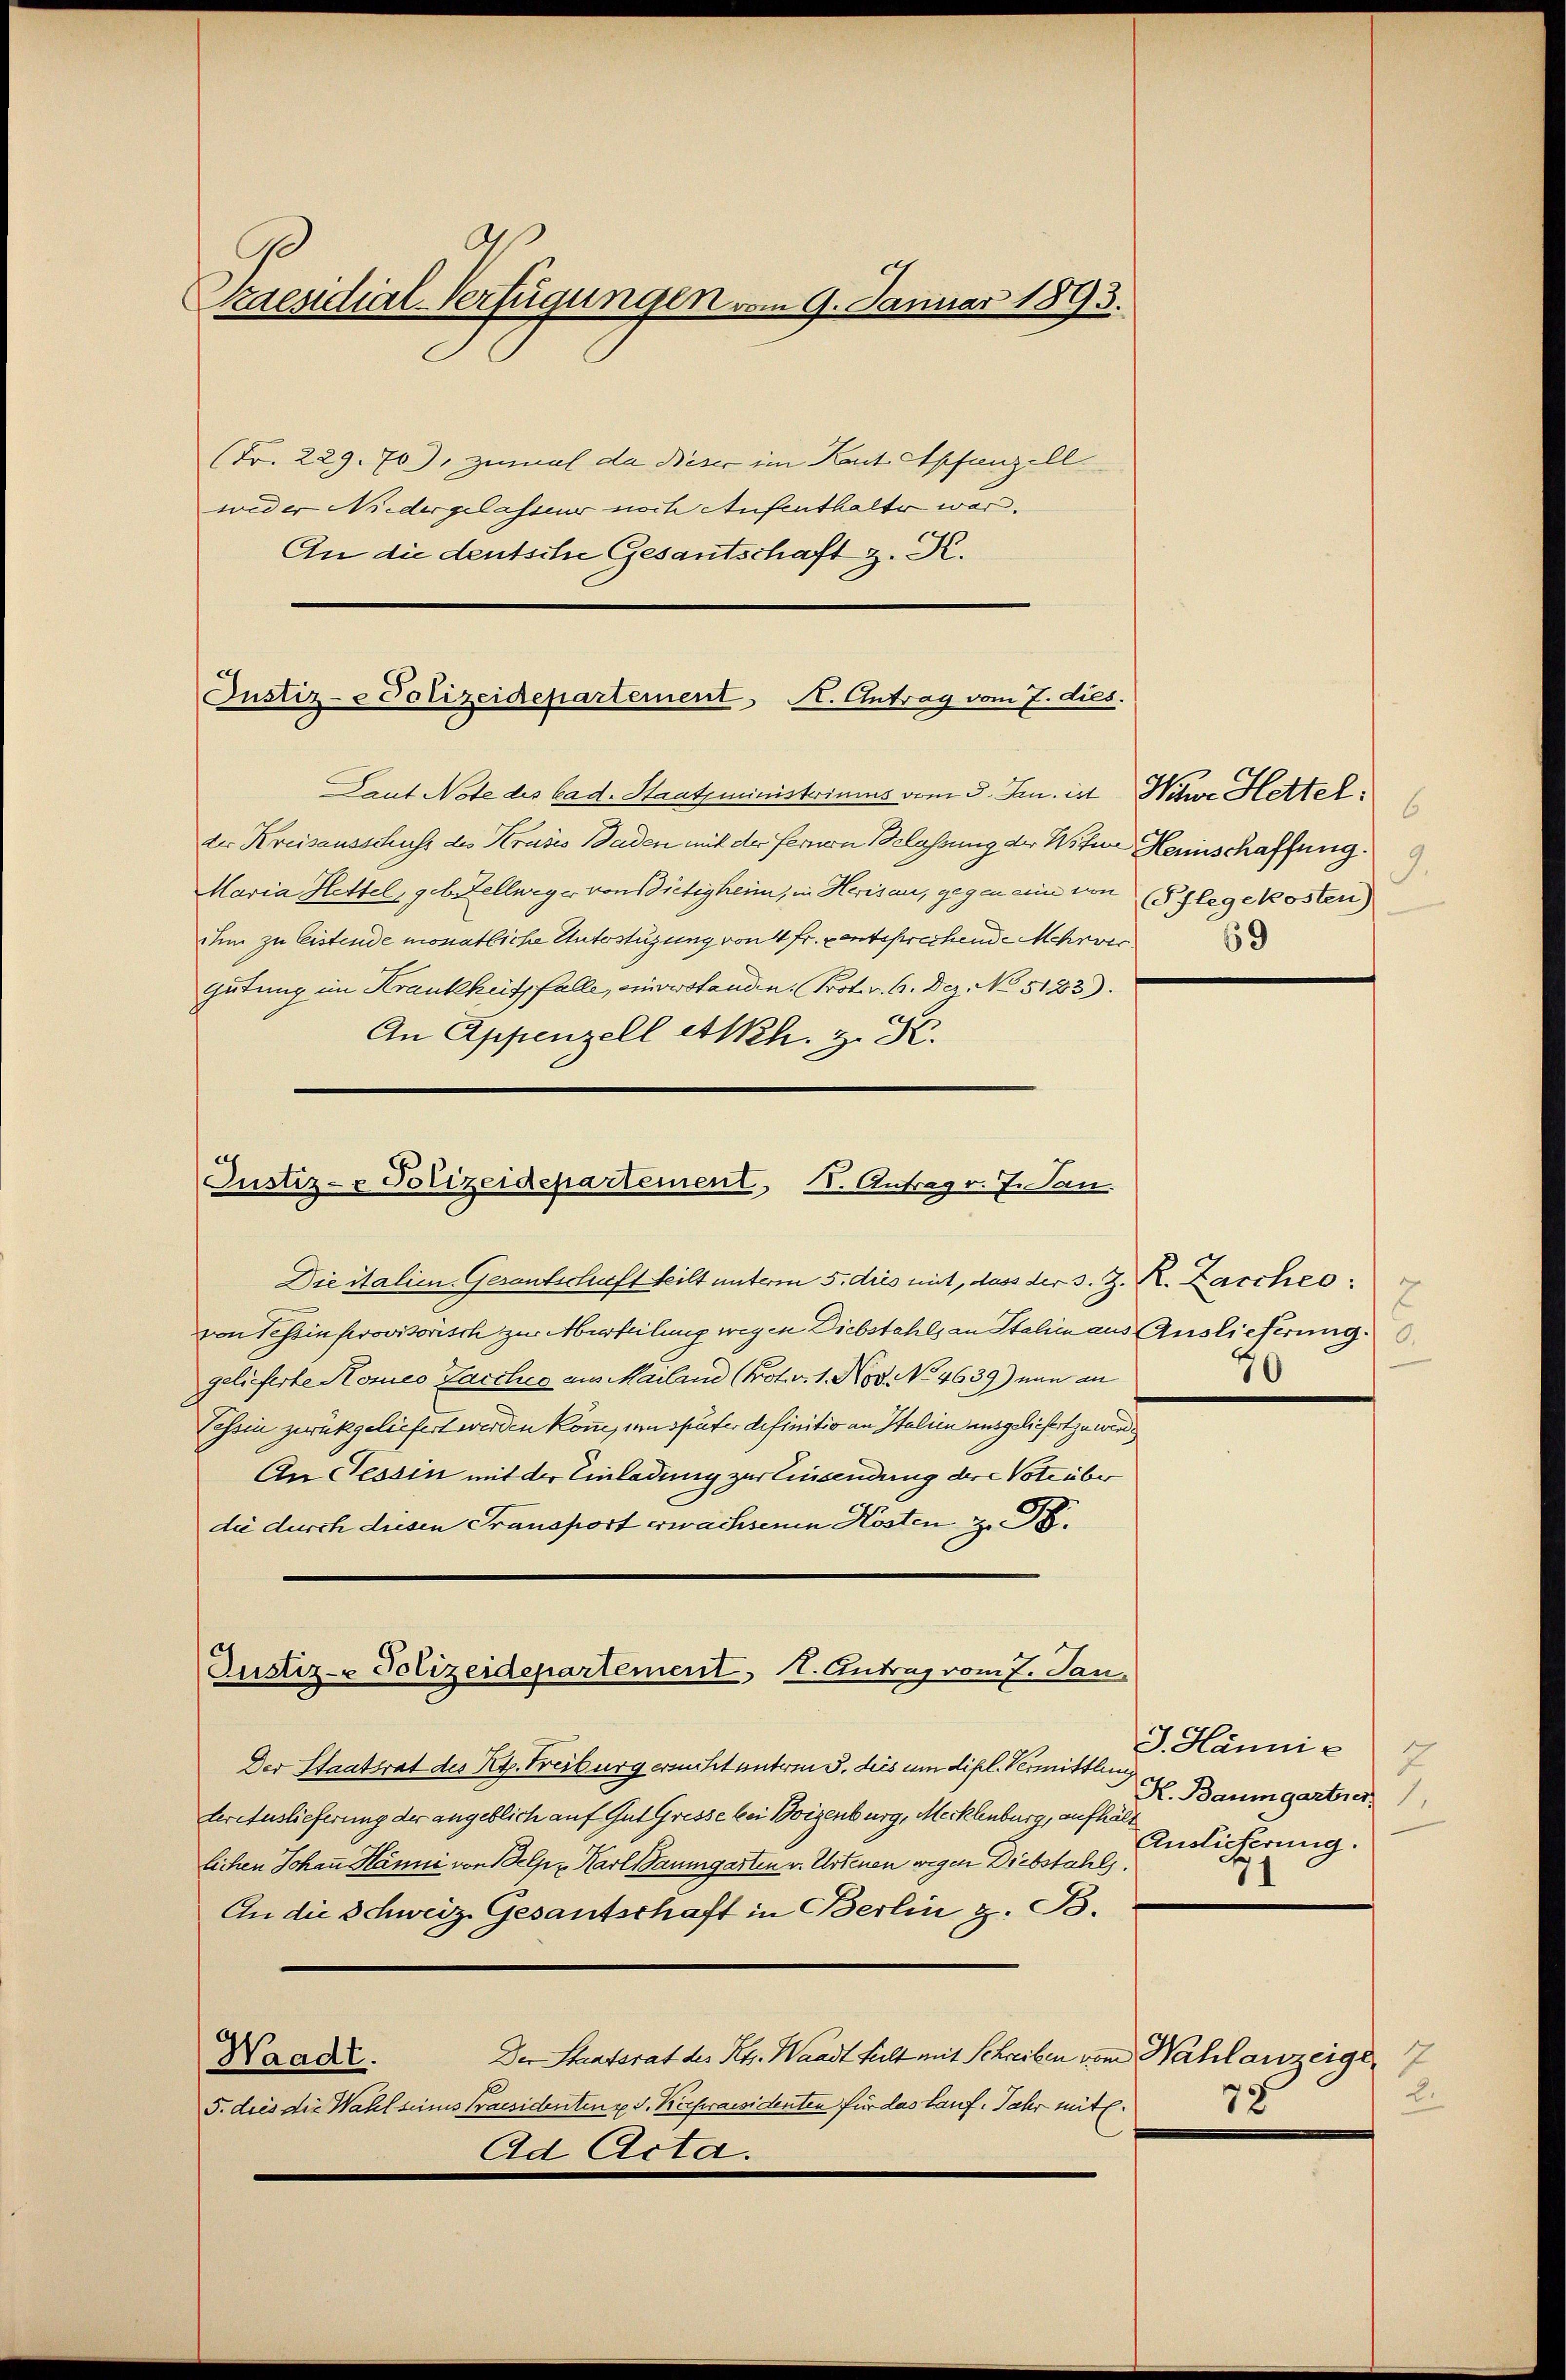
Kaesidial-Verfügungen vom 9. Januar 1893.

(Fr. 229. 70), zumal da Rieser im Kant Appenzell
weder Niedergelasseur noch Aufenthalter war.
An die deutsche Gesantschaft z. K.

Justiz- & Polizeidepartement A. Antrag vom 7. dies.

Laut Note des bad. Staatsministerimus vom 3. Jun. ist Witwe Hettel
der Kreisausschuss des Kruses Baden mit der fernen Belassung der Witwe Heinschaffung.
Maria Hettel, geb. Zellweger von Bietigheim, in Herisau, gegen eine von (Pflegekosten)
ium zu leistende monatliche Unterstüzung von 4 fr. entsprechende Mehrver
Gutung im Krankheit falle, einverstanden Prot. v. 6. Dez. No 5123).
An Appenzell ettkh. z. B.

Justiz- & Polizeidepartement, I. Antrag v. 7. Jan.

Justiz- Polizeidepartement, 1. Antrag vom 7. Jan.

Die italien. Gesantschaft teilt unterm 5. dies mit, dass der s. Z. R. Zaccheo
von Tessin provisorisch zur Auerteilung wegen Diebstahls an Stalien aus Auslieferung.
gelieferte Komeo Facches aus Mailand (Prot. v. 1. Nov. No 4639) nun an
Cessin zurückgeliefert werden könne, um später definitio an Italien ausgeliefert zu werde
An Tessin mit der Einladung zur Einsendung dere Vote über
die durch diesen Fransport erwachsenen Kosten, z. B.
Der Staatsrat des Kt. Treiburg ersucht unterm 3. dies um dipl. Vermittlein,
terieslieferung der angeblich auf Gut Gresse bei Borgenburg, Mecklenburg, aufhält
lichen Johann Hänni von Belpz Karl Paumgarten v. Artenen wegen Diebstahls
An die Schweiz. Gesantschaft in Berlin z. B.
Der Staatsrat des Kts. Waadt fult mit Schreiben vom Wahlanzeige
Waadt.
5. dies die Wahl seines Praesidenten u. s. Keepraesidenten für das Lauf. Jahr mit
Ad Acta.

6.
9.
69

2
70

J. Hänni
7
K. Baumgartner
Auslieferung.

B.
78